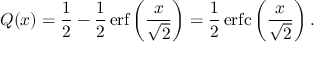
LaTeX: Q ( x ) = { \frac { 1 } { 2 } } - { \frac { 1 } { 2 } } \operatorname { e r f } \left( { \frac { x } { \sqrt { 2 } } } \right) = { \frac { 1 } { 2 } } \operatorname { e r f c } \left( { \frac { x } { \sqrt { 2 } } } \right) .